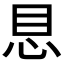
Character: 𪫩